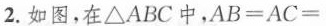
2.如图，在△ABC中，$$A B = A C =